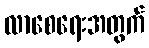
လာစေရေးအတွက်